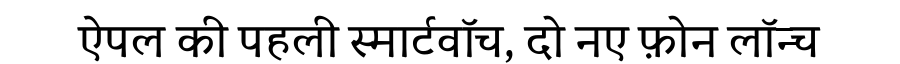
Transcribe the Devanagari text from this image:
ऐपल की पहली स्मार्टवॉच, दो नए फ़ोन लॉन्च